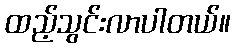
ထည့်သွင်းလာပါတယ်။